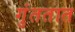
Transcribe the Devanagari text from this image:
गुंततात